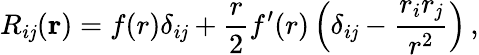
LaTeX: R_{i\mathit{j}}(\mathrm{{{\textbf{{r}}}}})=f(r)\delta_{i\mathit{j}}+\frac{{r}}{{2}}f^{\prime}(r)\left(\delta_{i\mathit{j}}-\frac{{r_{i}r_{\mathit{j}}}}{{r^{2}}}\right)\, ,